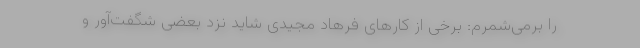
را برمی‌شمرم: برخی از کارهای فرهاد مجیدی شاید نزد بعضی شگفت‌آور و